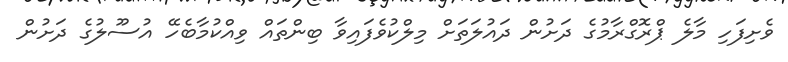
ވެށިފަހި މާލެ ޕްރޮގްރާމުގެ ދަށުން ދައުލަތަށް މިލްކުވެފައިވާ ބިންތައް ވިއްކުމާބެހޭ އުސޫލުގެ ދަށުން